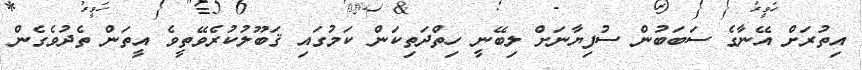
އިތުރަށް އޭނާގެ ސަބަބުން ސުފިޔާނަށް ލިބޭނީ ހިތްދަތިކަން ކަމުގައި ޤަބޫލުކުރެވޭތީވެ އީތަން ތެދުވެގެން